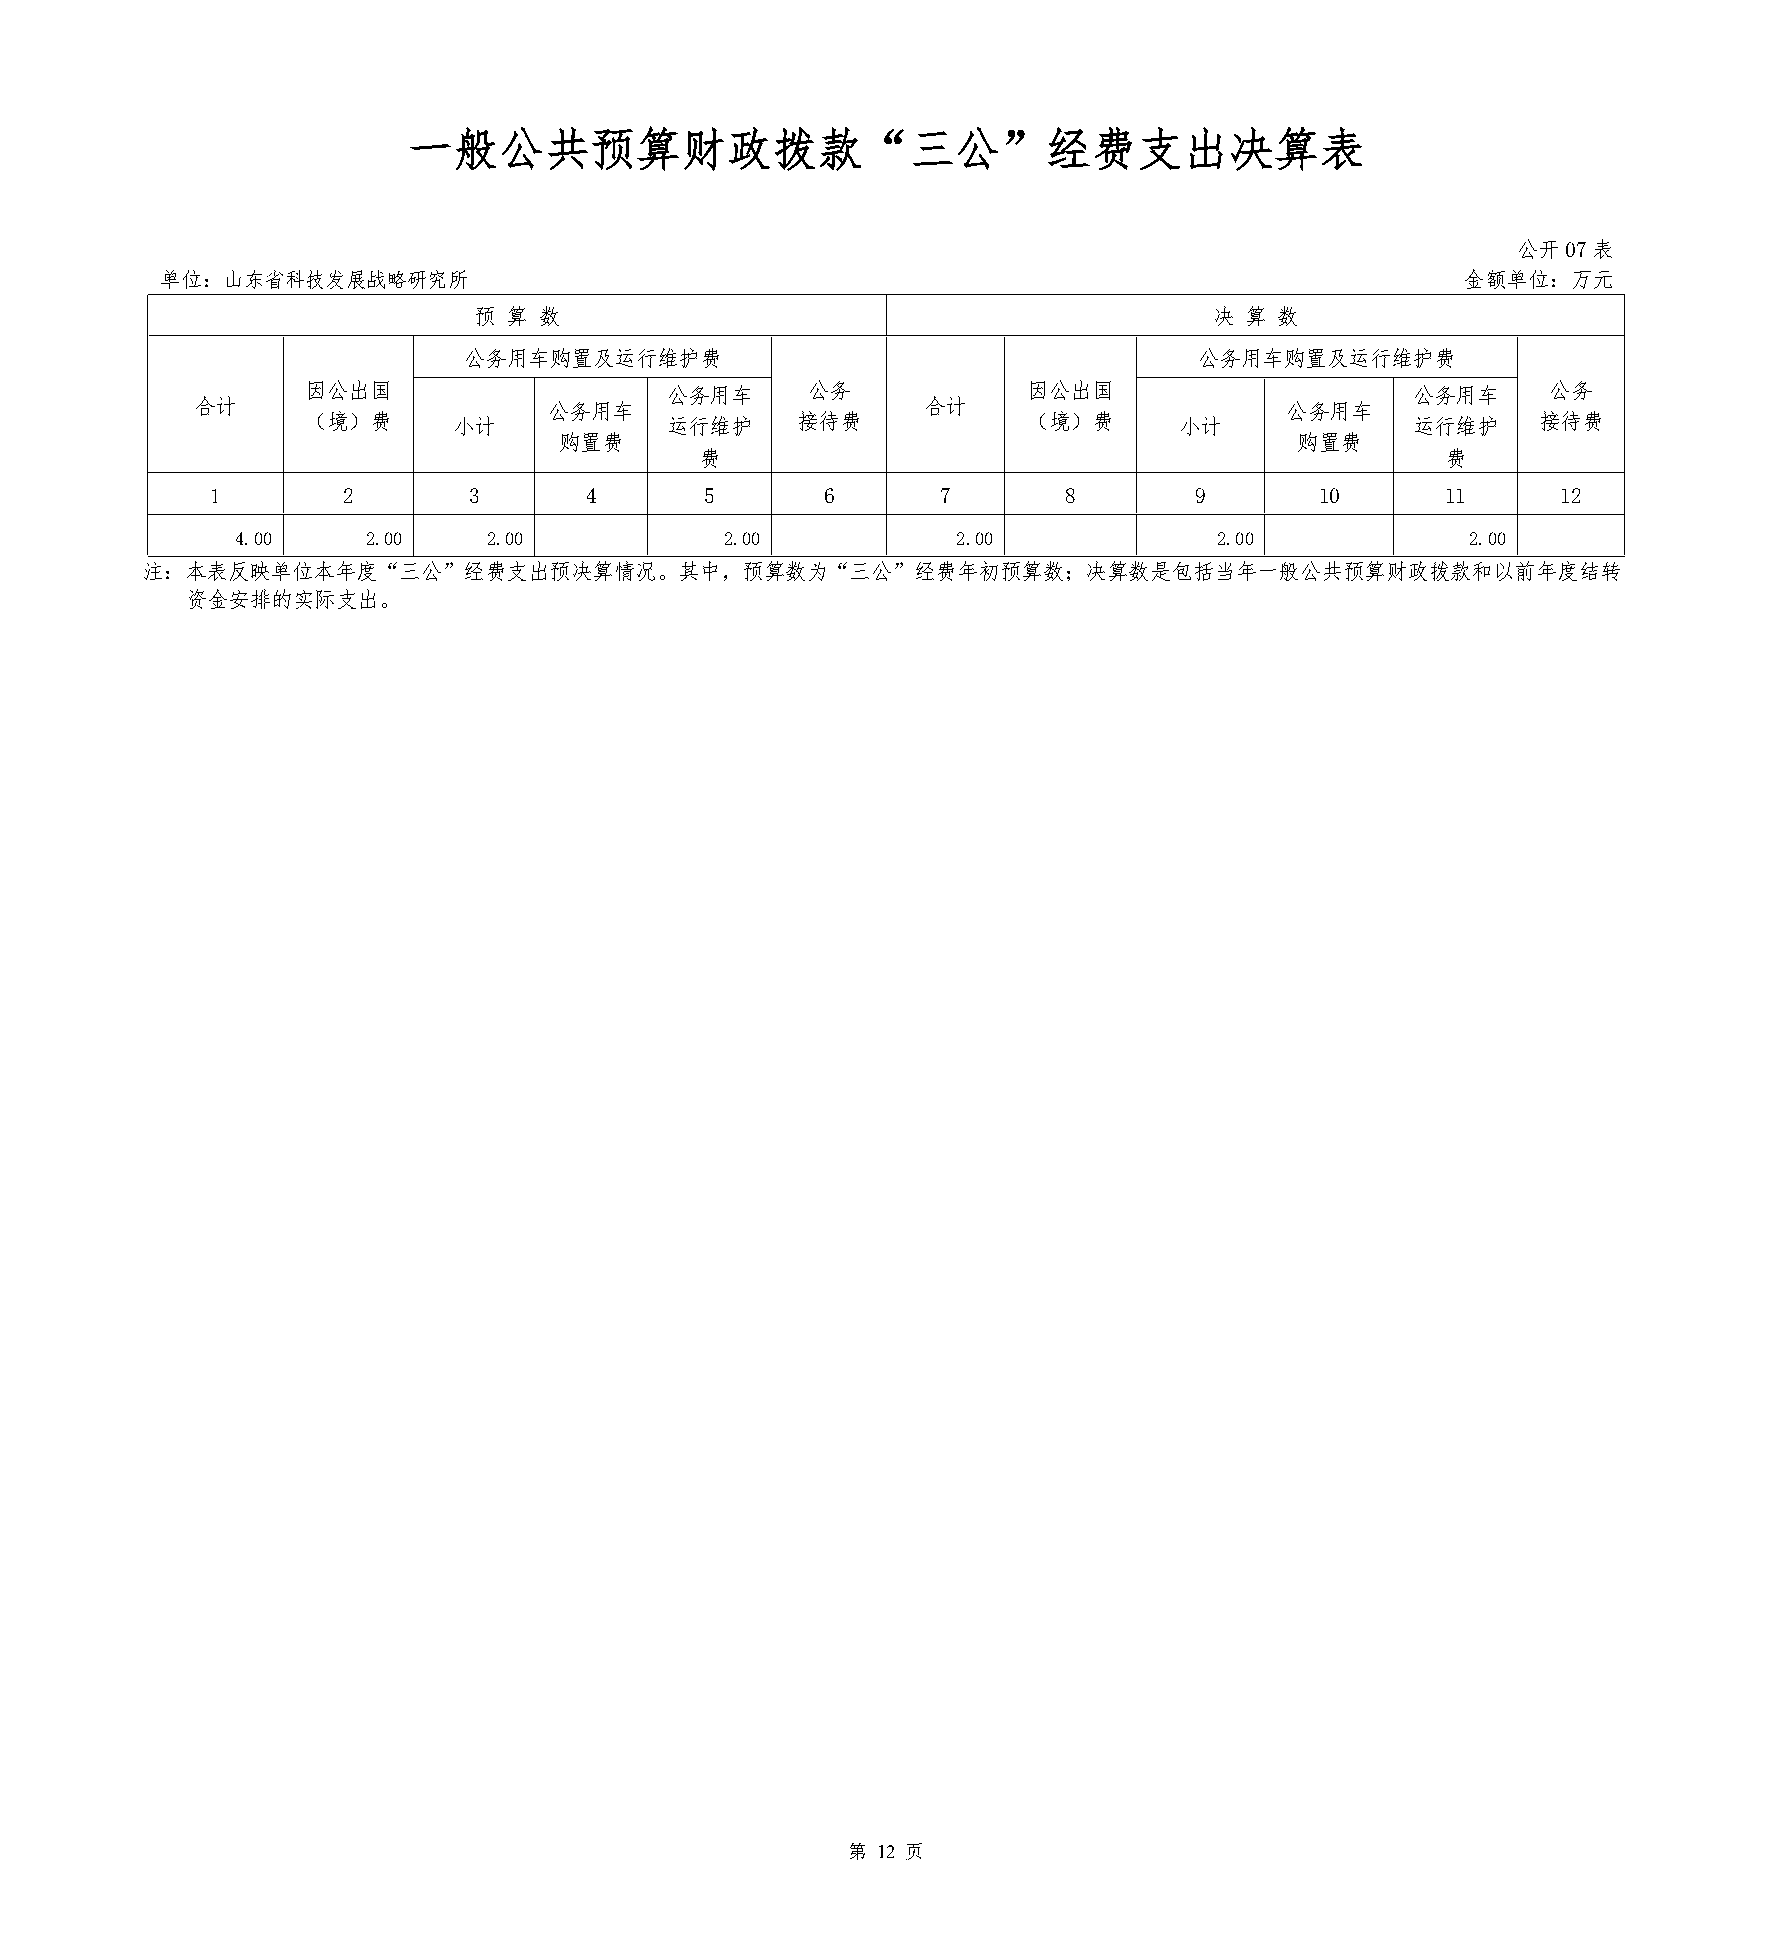
一般公共预算财政拨款“三公”经费支出决算表
 公开07表
 单位：山东省科技发展战略研究所                                                                       金额单位：万元
 预  算 数                                           决 算  数
 公务用车购置及运行维护费                                    公务用车购置及运行维护费
 因公出国                    公务用车     公务             因公出国                      公务用车     公务
 合计                     公务用车                     合计                      公务用车
 （境）费      小计            运行维护     接待费            （境）费      小计              运行维护    接待费
 购置费                                              购置费
 费                                                 费
 1        2       3       4       5       6      7       8        9       10       11     12
 4.00    2.00    2.00            2.00           2.00              2.00            2.00
 注：本表反映单位本年度“三公”经费支出预决算情况。其中，预算数为“三公”经费年初预算数；决算数是包括当年一般公共预算财政拨款和以前年度结转
 资金安排的实际支出。
 第 12 页